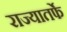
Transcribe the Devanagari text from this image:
राज्यातर्फे